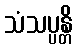
သံသပ္ပန္တိ